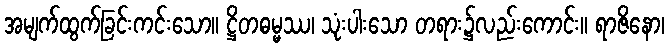
အမျက်ထွက်ခြင်းကင်းသော။ ဋ္ဌိတဓမ္မဿ၊ သုံးပါးသော တရား၌လည်းကောင်း။ ရာဇိနော၊